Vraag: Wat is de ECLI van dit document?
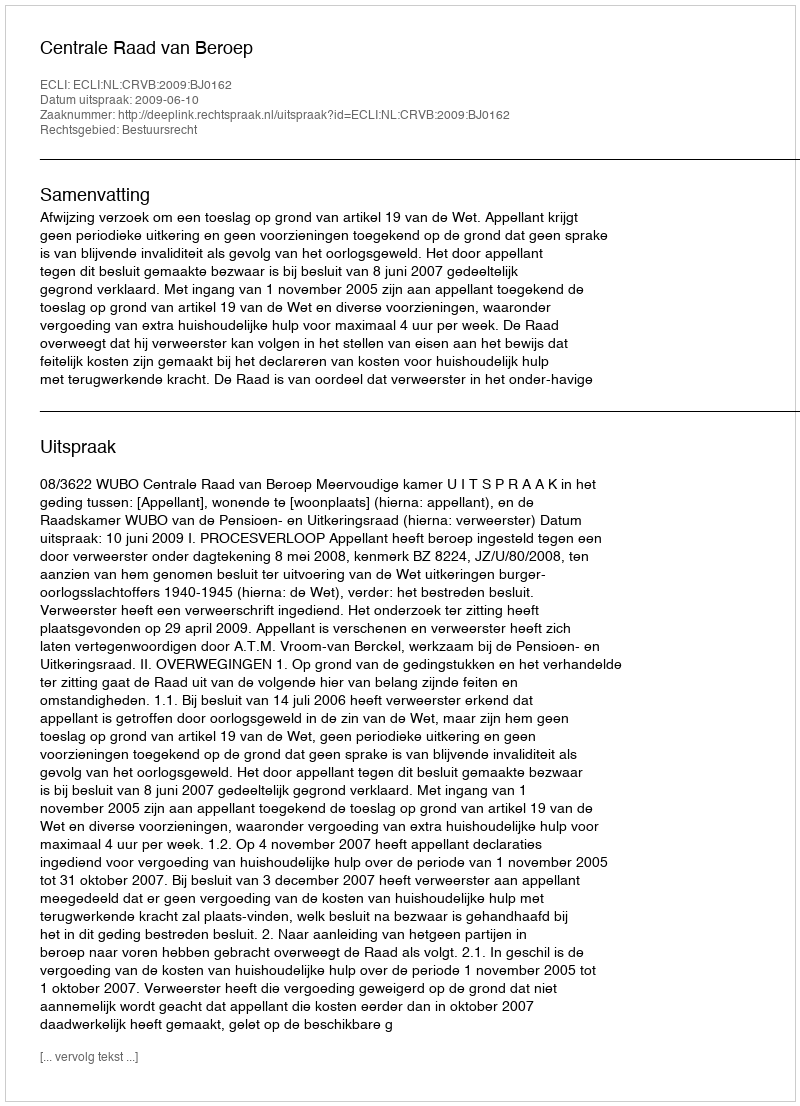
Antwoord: ECLI:NL:CRVB:2009:BJ0162